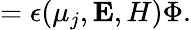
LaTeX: =\epsilon(\mu_{j},{\mathbf E,H})\Phi.